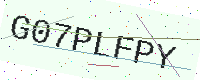
Text: G07PLFPY